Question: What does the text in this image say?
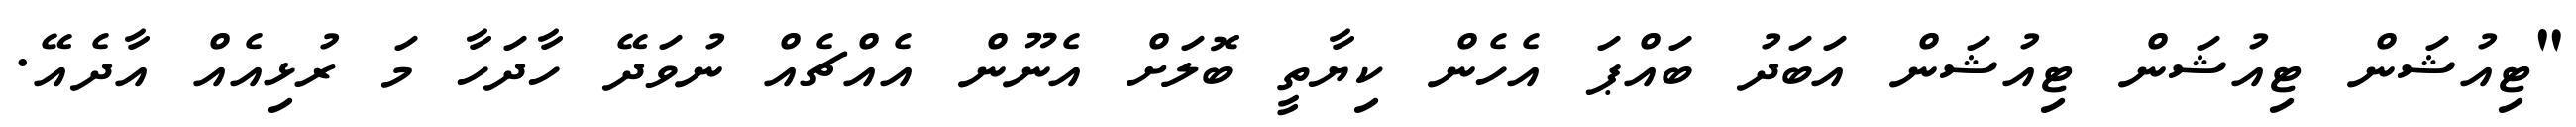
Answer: "ޓިއުޝަން ޓިއުޝަން ޓިއުޝަން އަބަދު ބައްޕަ އެހެން ކިޔާތީ ބޮލަށް އެނޫން އެއްޗެއް ނުވަދޭ ހާދަހާ މަ ރުޅިއެއް އާދެއޭ.